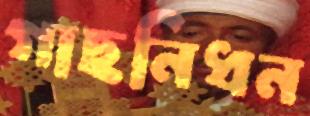
গাছনিধন